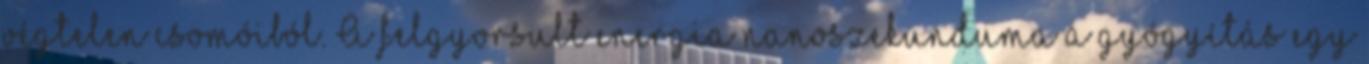
végtelen csomóiból. A felgyorsult energia nanoszekunduma a gyógyítás egy